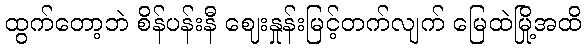
ထွက်တော့ဘဲ စိန်ပန်းနီ ဈေးနှုန်းမြင့်တက်လျက် မြေထဲမြို့အထိ